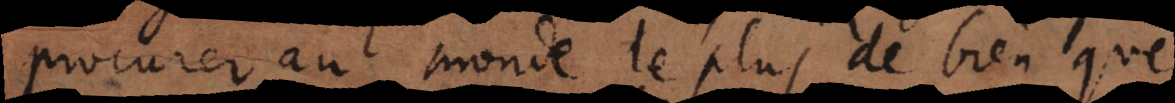
procurer au monde le plus de bien que